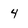
Character: 4